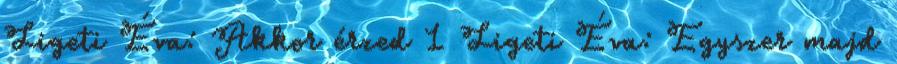
Ligeti Éva: Akkor érzed 1 Ligeti Éva: Egyszer majd